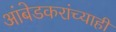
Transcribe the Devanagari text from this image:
आंबेडकरांच्याही